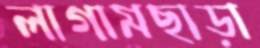
লাগামছাড়া